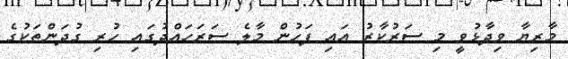
މާރިޔާ ވިދާޅުވީ މި ސަރުކާރު އައި ފަހުން މާލެ ސަރަހައްދުގައި ހުރި ގުދަންތަކުގެ